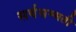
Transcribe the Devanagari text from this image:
सर्वसम्मती